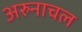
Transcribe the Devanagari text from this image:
अरुनाचल